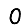
Digit: 0